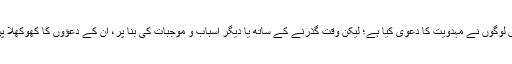
اس دوران بعض لوگوں نے مہدویت کا دعوی کیا ہے؛ لیکن وقت گذرنے کے ساتھ یا دیگر اسباب و موجبات کی بنا پر، ان کے دعؤوں کا کھوکھلا پن ظاہر ہوا ہے۔